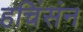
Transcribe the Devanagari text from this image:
हचिंसंन